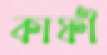
কাফী